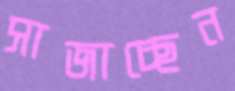
সাজাচ্ছেন